Civil Veterinary Department Bihar & Orissa reports 1929-36 - 1929-1936
Year: 1929
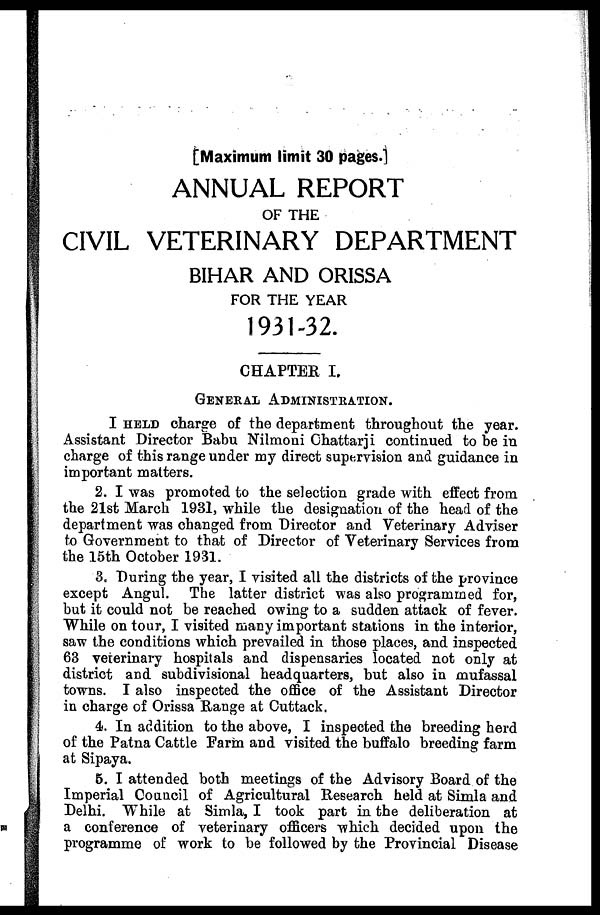
[Maximum limit 30 pages.]
ANNUAL REPORT
OF THE
CIVIL VETERINARY DEPARTMENT
BIHAR AND ORISSA
FOR THE YEAR
1931-32.
CHAPTER I.
GENERAL ADMINISTRATION.
I HELD charge of the department throughout the year.
Assistant Director Babu Nilmoni Chattarji continued to be in
charge of this range under my direct supervision and guidance in
important matters.
2. I was promoted to the selection grade with effect from
the 21st March 1931, while the designation of the head of the
department was changed from Director and Veterinary Adviser
to Government to that of Director of Veterinary Services from
the 15th October 1931.
3. During the year, I visited all the districts of the province
except Angul. The latter district was also programmed for,
but it could not be reached owing to a sudden attack of fever.
While on tour, I visited many important stations in the interior,
saw the conditions which prevailed in those places, and inspected
63 veterinary hospitals and dispensaries located not only at
district and subdivisional headquarters, hut also in mufassal
towns. I also inspected the office of the Assistant Director
in charge of Orissa Range at Cuttack.
4. In addition to the above, I inspected the breeding herd
of the Patna Cattle Farm and visited the buffalo breeding farm
at Sipaya.
5. I attended both meetings of the Advisory Board of the
Imperial Council of Agricultural Research held at Simla and
Delhi. While at Simla, I took part in the deliberation at
a conference of veterinary officers which decided upon the
programme of work to be followed by the Provincial Disease